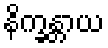
နိက္ခန္တာယ